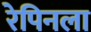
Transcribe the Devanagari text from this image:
रेपिनला